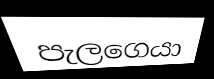
පැලගෙයා